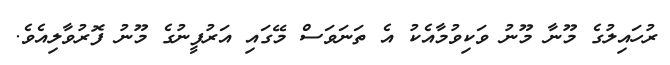
ރުހައިލުގެ މޫނާ މޫނު ވަކިވުމާއެކު އެ ތަނަވަސް މޭގައި އަރުފީނުގެ މޫނު ފޮރުވާލިއެވެ.